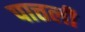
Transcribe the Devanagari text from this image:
पात्तली